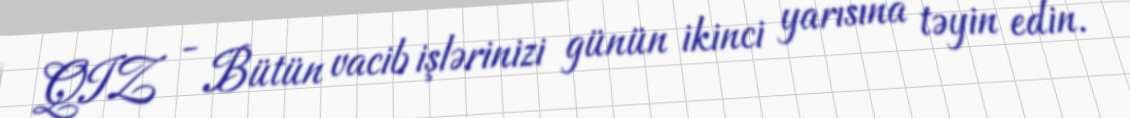
QIZ - Bütün vacib işlərinizi günün ikinci yarısına təyin edin.